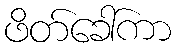
ဖိတ်ခေါ်ကာ